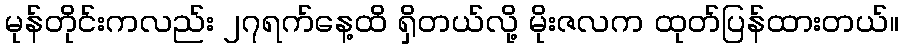
မုန်တိုင်းကလည်း ၂၇ရက်နေ့ထိ ရှိတယ်လို့ မိုးဇလက ထုတ်ပြန်ထားတယ်။